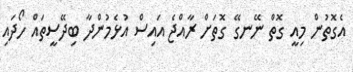
އެގޮތުން މިއީ ގޮތް ނޭނގޭ ގޮތަށް ރާއްޖެ އައިސް އުޅެމުންދާ ބިދޭސީތައް ހޯދައި